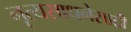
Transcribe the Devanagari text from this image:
नृत्यसाधनेसाठी